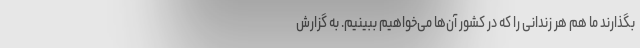
بگذارند ما هم هر زندانی را که در کشور آن‌ها می‌خواهیم ببینیم. به گزارش